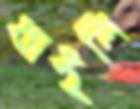
ধাইলি